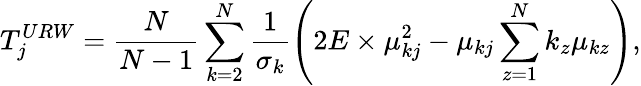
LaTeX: T_{j}^{URW}=\frac{N}{N-1}\sum_{k=2}^{N}\frac{1}{\sigma_{k}}\left(2E\times\mu_{kj}^{2}-\mu_{kj}\sum_{z=1}^{N}k_{z}\mu_{kz}\right),